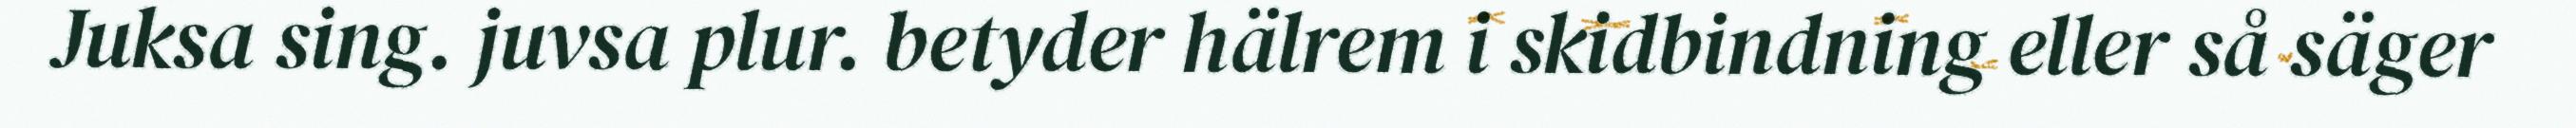
Juksa sing. juvsa plur. betyder hälrem i skidbindning eller så säger